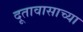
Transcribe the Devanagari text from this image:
दूतावासाच्या